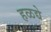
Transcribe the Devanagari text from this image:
हळद्ये